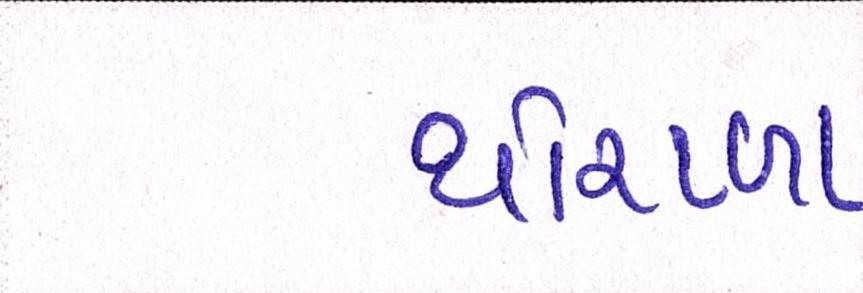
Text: થોરાળા